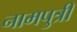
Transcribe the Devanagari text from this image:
नामपुत्री